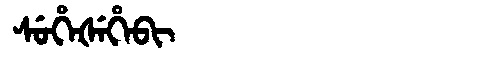
Manchu: ᠰᡠᡥᡝᡧᡝᡥᡝᠪᡳ
Romanization: SUHEŠEHEBI